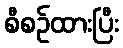
စီစဉ်ထားပြီး